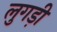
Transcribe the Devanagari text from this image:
लुगड़ी